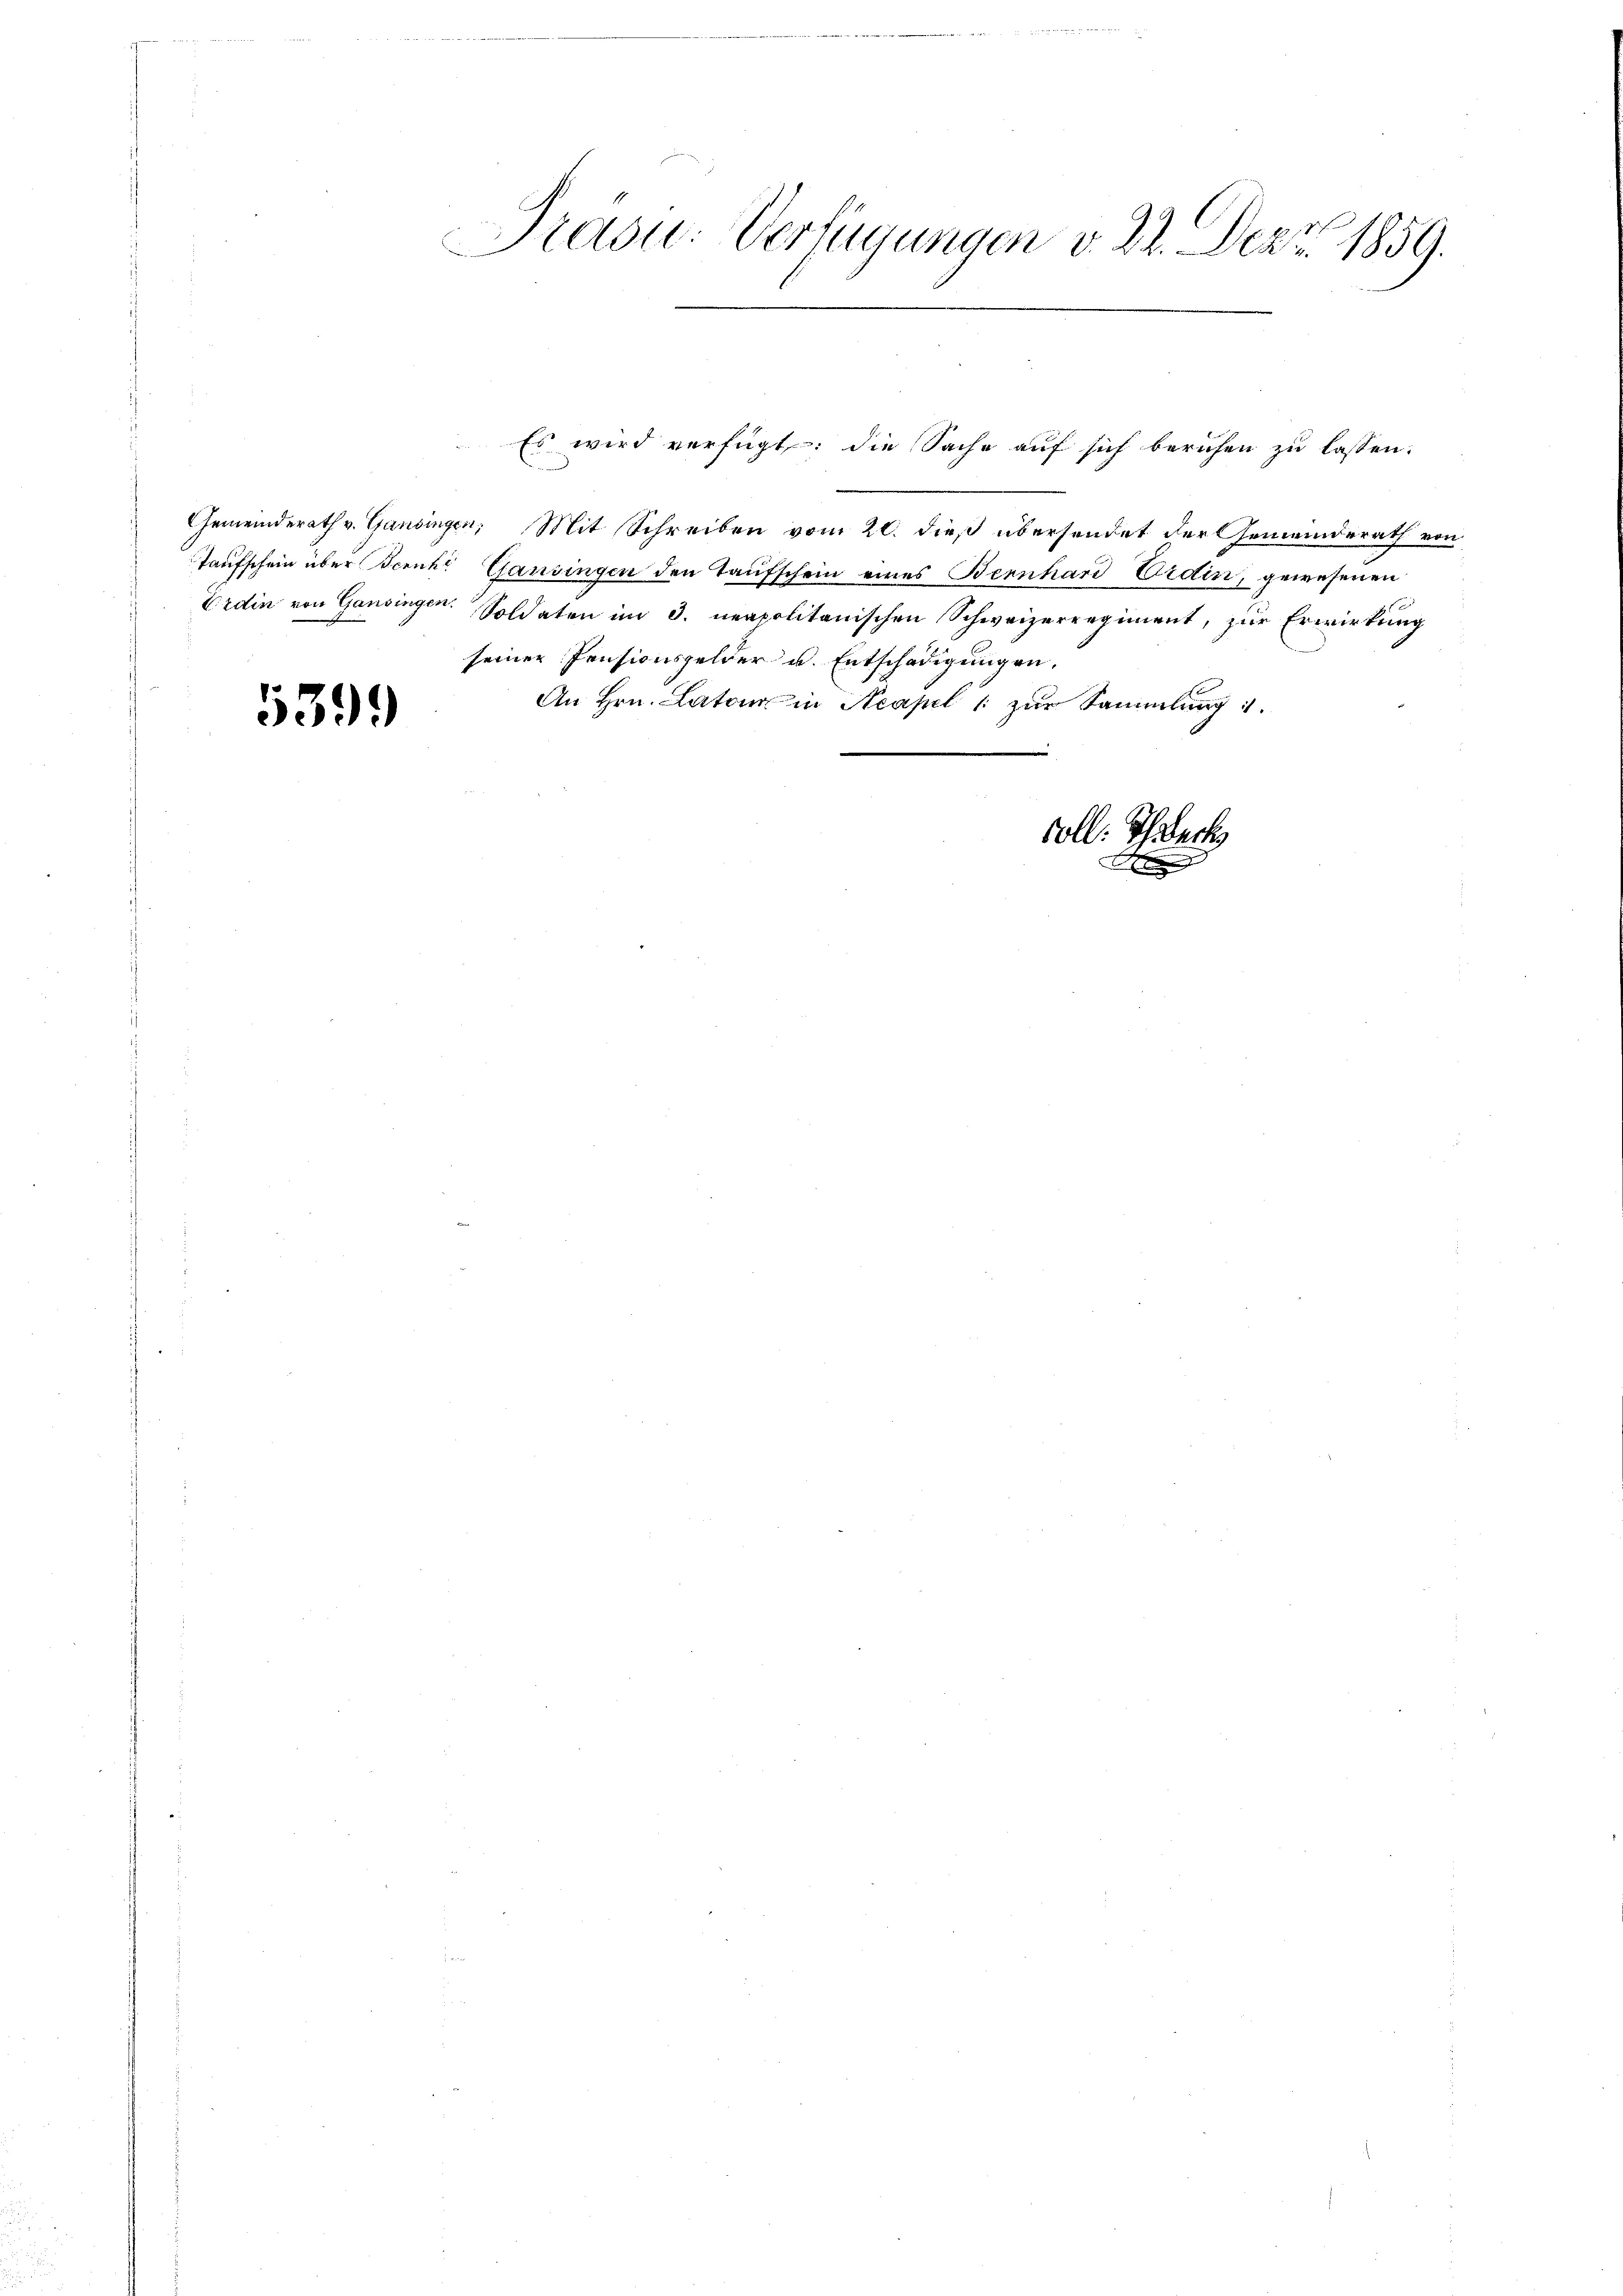
5399

Präsid.: Verfügungen v. 22. Dez. 1859.

Gemeinderath v. Gansingen, Mit Schreiben vom 20. dieß übersendet der Gemeinderath von
Taufschein über Beruhr Gansingen den Taufschein eines Bernhard Ordin, gewesenen
Erdin von Gansingen. Soldaten im 3. neapolitanischen Schweizerregiment, zur Erwirkung
seiner Pensionsgelder u. Entschädigungen.
An Hrn. Latoir in Neapel 1 zur Sammlung 1.
voll. Schlech

Es wird verfügt: die Sache auf sich beruhen zu lassen.

1